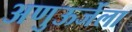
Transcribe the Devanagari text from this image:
अणुऊर्जेला